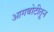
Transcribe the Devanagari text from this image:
आगबोटीतून